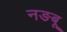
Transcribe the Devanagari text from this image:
नङबू